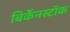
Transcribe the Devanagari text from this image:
बिर्केनस्टॉक